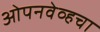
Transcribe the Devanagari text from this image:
ओपनवेव्हचा